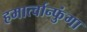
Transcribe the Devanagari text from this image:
हमार्त्वान्फुंगा